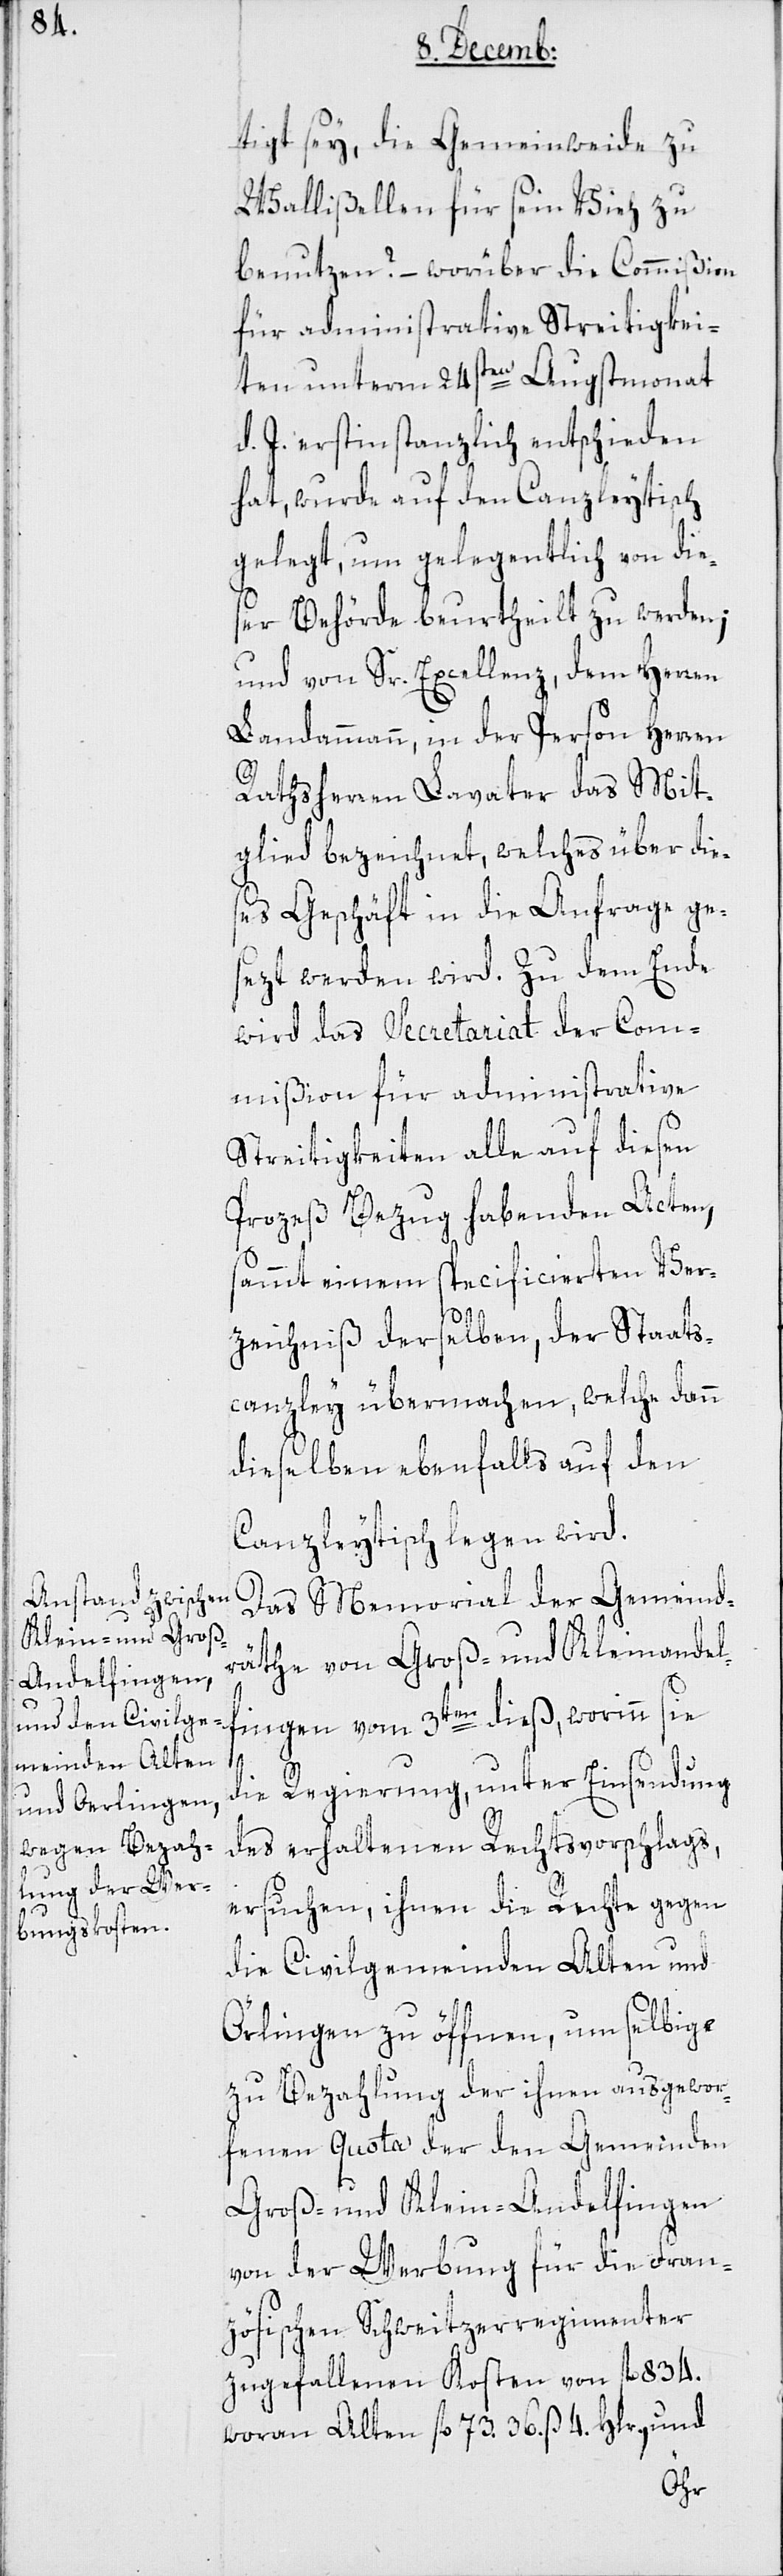
tigt sey, die Gemeindweide zu
Wallißellen für sein Vieh zu
benutzen? – worüber die Commißion
für administrative Streitigkei¬
ten unterm 24sten Augstmonat
d. J. erstinstanzlich entschieden
hat, wurde auf den Canzleytisch
gelegt, um gelegentlich von die¬
ser Behörde beurtheilt zu werden;
und von Sr. Excellenz dem Herren
Landammann, in der Person Herren
Rathsherren Lavater das Mit¬
glied bezeichnet, welches über die¬
ses Geschäft in die Anfrage ge¬
sezt werden wird. Zu dem Ende
wird das Secretariat der Com¬
mißion für administrative
Streitigkeiten alle auf diesen
Prozeß Bezug habenden Acten,
pecificierten Ver¬
sammt einem
zeichniß derselben, der Staats¬
canzley übermachen, welche dann
dieselben ebenfalls auf den
Canzleytisch legen wird.
Das Memorial der Gemeind¬
räthe von Groß- und Kleinandelf¬
sie
die Regierung, unter Einsendung
des erhaltenen Rechtsvorschlags
ersuchen, ihnen die Rechte gegen
die Civilgemeinden Alten und
Örlingen zu öffnen, um selbige
zu Bezahlung der ihnen ausgewor¬
fenen Quota der den Gemeinden
Groß- und Klein-Andelfingen
von der Werbung für die Fran¬
zösischen Schwetizerregimenter
zugefallenen Kosten von fl. 834,
woran Alten fl. 73. 36. ß 4. Hlr., und